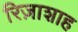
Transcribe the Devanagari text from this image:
रिज़ाशाह